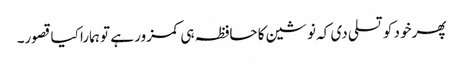
پھر خود کو تسلی دی کہ نوشین کا حافظہ ہی کمزور ہے تو ہمارا کیا قصور۔